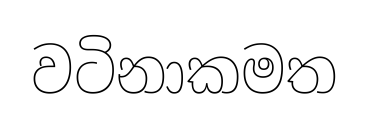
වටිනාකමත